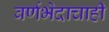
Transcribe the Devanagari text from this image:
वर्णभेदाचाही